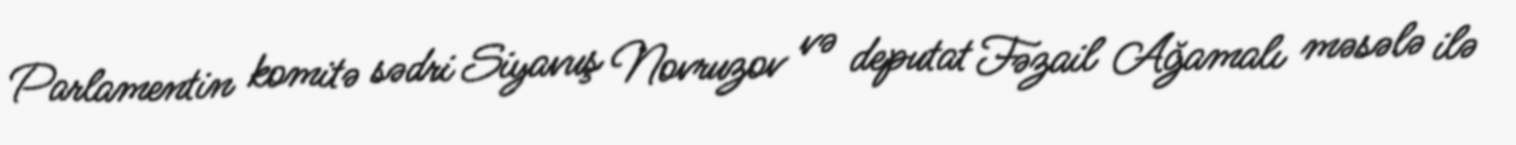
Parlamentin komitə sədri Siyavuş Novruzov və deputat Fəzail Ağamalı məsələ ilə